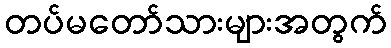
တပ်မတော်သားများအတွက်